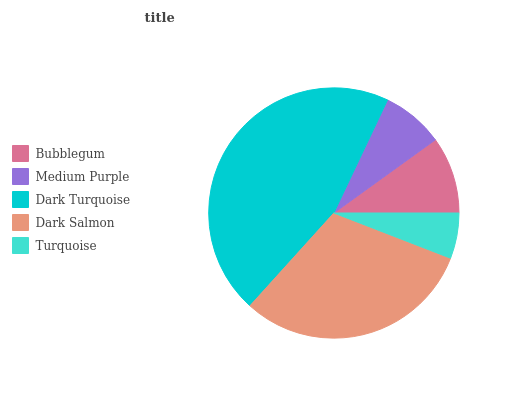
| Bubblegum | Medium Purple | Dark Turquoise | Dark Salmon | Turquoise |
 | --- | --- | --- | --- | --- |
 | 9.94% | 7.99% | 45.3% | 30.9% | 5.87% |